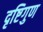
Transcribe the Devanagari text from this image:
दृष्टिगुण